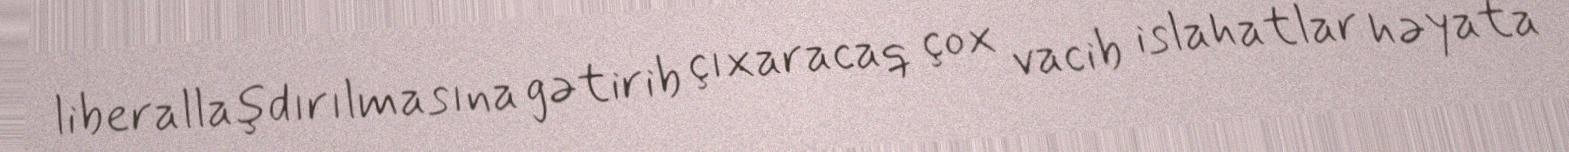
liberallaşdırılmasına gətirib çıxaracaq çox vacib islahatlar həyata